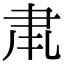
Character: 𮌂